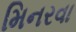
મિનરવા